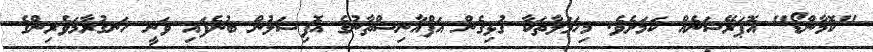
"ކޮމާންޑޯ" އޮޕަރޭޝަނެއް ކަމަށެވެ. މިހަމަލާތަކާ ގުޅިގެން އަފްޣާނިސްތާނުގެ އޮފިޝަލުން ބުނެފައި ވަނީ ހަނގުރާމަވެރިންގެ